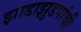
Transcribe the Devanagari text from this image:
झाडाझुडपांची